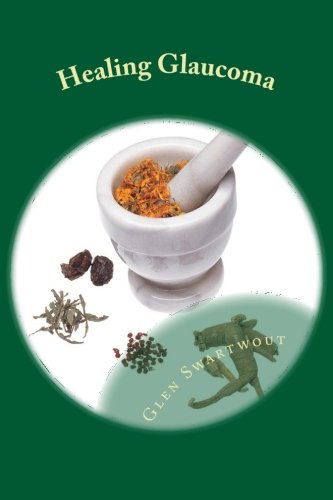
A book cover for Healing Glaucoma: Natural Medicine for Self-Healing (Natural Vision & Eye Care) (Volume 2); Dr. Glen Swartwout; Medical Books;